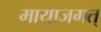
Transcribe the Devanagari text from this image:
मायाजगत्